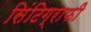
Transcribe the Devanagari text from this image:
सिंटिग्राफी